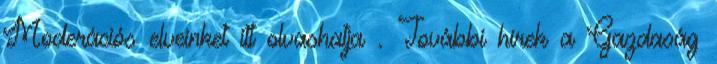
Moderációs elveinket itt olvashatja . További hírek a Gazdaság